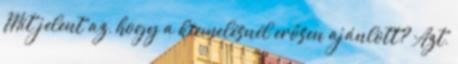
Mit jelent az, hogy a kiemelésnél erősen ajánlott? Azt,